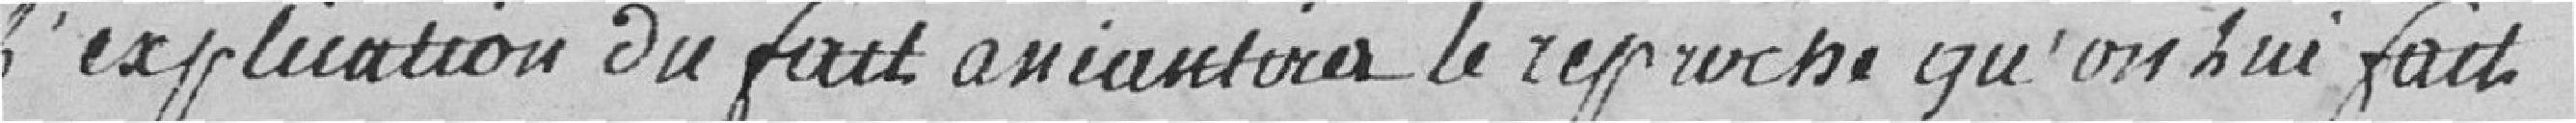
l'explication du fait anéantira le reproche qu'on lui fait.